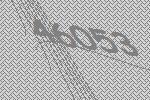
46053